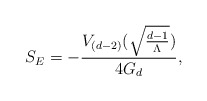
\begin{align*}S_{E} = - \frac{V_{(d-2)}(\sqrt{\frac{d-1}{\Lambda}})}{4 G_{d}},\end{align*}